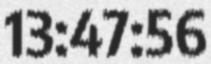
13:47:56